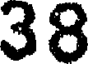
38